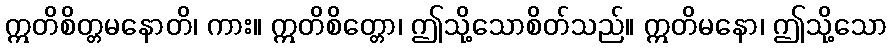
ဣတိစိတ္တမနောတိ၊ ကား။ ဣတိစိတ္တော၊ ဤသို့သောစိတ်သည်။ ဣတိမနော၊ ဤသို့သော